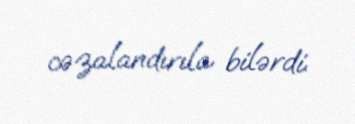
cəzalandırıla bilərdi.